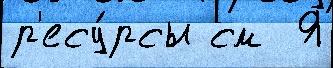
р'есу́рсы см  Я